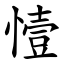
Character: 㦉